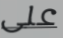
على